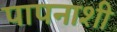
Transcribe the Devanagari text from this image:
पापनाशी